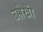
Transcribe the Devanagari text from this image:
उल्लेखाें